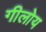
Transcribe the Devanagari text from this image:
गीलोय